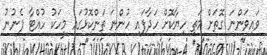
ވައިވަންނަ ގޮތަށް މަތި ހިޔާކޮށް ހަދާފައި ހުންނަ ތަންކޮޅުގައި މީހަކު ހުއްޓާ ފެނުނު